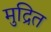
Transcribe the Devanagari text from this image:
मुद्रित